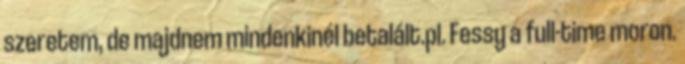
szeretem, de majdnem mindenkinél betalált.pl. Fessy a full-time moron.